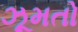
ઝૂમતો